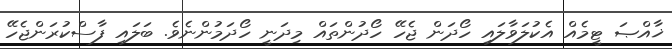
ޚާއްޞަ ޓީމެއް އެކުލަވާލައި ހޯދަން ޖެހޭ ހޯދުންތައް މިދަނީ ހޯދަމުންނެވެ. ބަލައި ފާސްކުރަންޖެހޭ